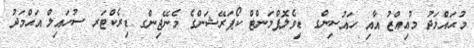
މުޙައްމަދު މުޢިއްޒު އާއި ހައުސިންގ ޑިވެލޮޕްމަންޓް ކޯޕަރޭޝަންގެ މެނޭޖިންގ ޑިރެކްޓަރ ސުހައިލް އަޙްމަދު